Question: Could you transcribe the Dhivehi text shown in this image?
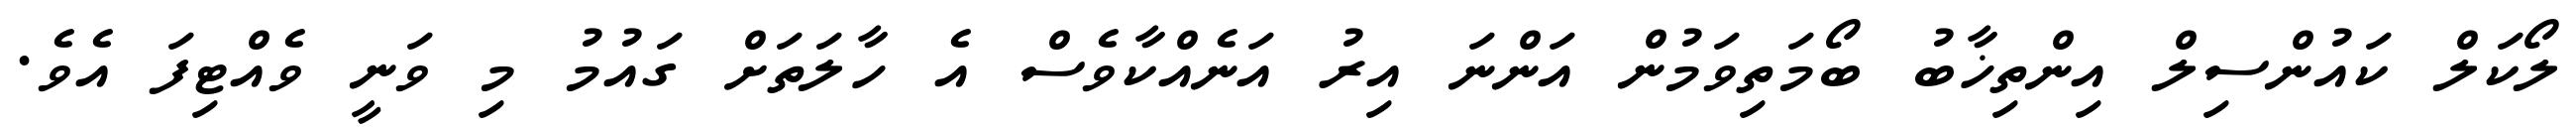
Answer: ލޯކަލް ކައުންސިލް އިންތިޚާބު ބޯމަތިވަމުން އަންނަ އިރު އަނެއްކާވެސް އެ ހާލަތަށް ގައުމު މި ވަނީ ވެއްޓިފަ އެވެ.